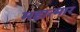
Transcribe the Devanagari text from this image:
महात्मार